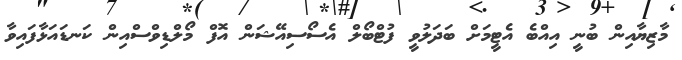
މާޒިޔާއިން ބުނީ އިއްބެ އެޓީމަށް ބަދަލުވީ ފުޓްބޯލް އެސޯސިއޭޝަން އޮފް މޯލްޑިވްސްއިން ކަނޑައަޅާފައިވާ